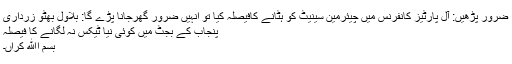
ضرور پڑھیں: آل پارٹیز کانفرنس میں چیئرمین سینیٹ کو ہٹانے کافیصلہ کیا تو انہیں ضرور گھرجانا پڑے گا: بلاول بھٹو زرداری
پنجاب کے بجٹ میں کوئی نیا ٹیکس نہ لگانے کا فیصلہ
بسم اﷲ کراں۔